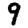
Digit: 9